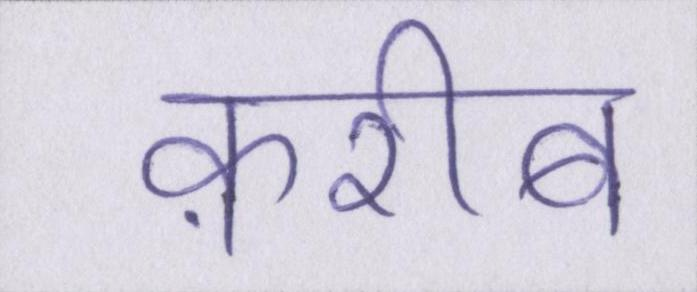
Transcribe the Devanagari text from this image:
क़रीब